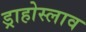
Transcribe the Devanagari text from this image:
ड्राहोस्लाव